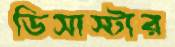
ডিসাস্টার